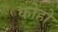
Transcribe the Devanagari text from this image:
कोहो